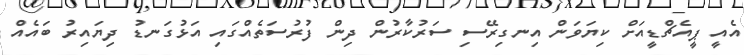
އެއީ ޕީއެޗްޑީއަށް ކިޔަވަން އިނގިރޭސި ސަރުކާރުން ދިން ފުރުސަތެއްގައި އަޅުގަނޑު ދިޔައިރު ބައެއް